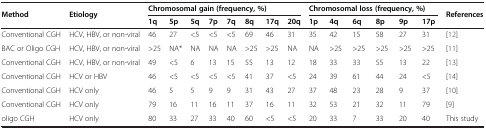
| <ROWSPAN=2> Method | <ROWSPAN=2> Etiology | <COLSPAN=8> Chromosomal gain (frequency, %) | <COLSPAN=6> Chromosomal loss (frequency, %) | <ROWSPAN=2> References |
 | 1q | 5p | 5q | 7p | 7q | 8q | 17q | 20q | 1p | 4q | 6q | 8p | 9p | 17p |
 | --- | --- | --- | --- | --- | --- | --- | --- | --- | --- | --- | --- | --- | --- | --- | --- | --- |
 | Conventional CGH | HCV, HBV, or non-viral | 46 | 27 | <5 | <5 | <5 | 69 | 46 | 31 | 35 | 42 | 15 | 58 | 27 | 31 | [12] |
 | BAC or Oligo CGH | HCV, HBV, or non-viral | >25 | NA* | NA | NA | NA | >25 | >25 | NA | NA | >25 | >25 | >25 | >25 | >25 | [11] |
 | Conventional CGH | HCV, HBV, or non-viral | 49 | <5 | 6 | 13 | 15 | 55 | 13 | 12 | 18 | 33 | 33 | 55 | 13 | 22 | [13] |
 | Conventional CGH | HCV or HBV | 46 | <5 | <5 | <5 | <5 | 41 | 37 | <5 | 24 | 39 | 61 | 44 | 24 | <5 | [14] |
 | Conventional CGH | HCV only | 46 | 5 | 5 | 9 | 9 | 31 | 43 | 27 | 37 | 48 | 23 | 28 | 9 | 37 | [10] |
 | Conventional CGH | HCV only | 79 | 16 | 11 | 16 | 11 | 37 | 16 | 11 | 32 | 53 | 21 | 32 | 11 | 79 | [9] |
 | oligo CGH | HCV only | 80 | 33 | 27 | 33 | 40 | 60 | <5 | <5 | 20 | 33 | 7 | 33 | 20 | 40 | This study |